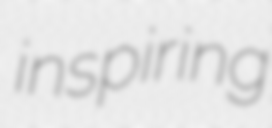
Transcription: inspiring